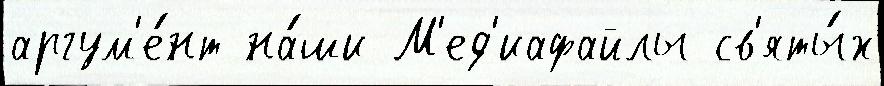
аргум'е́нт на́ши М'ед'иафайлы св'яты́х